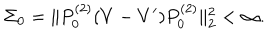
LaTeX: \Sigma _ { 0 } = \| P _ { 0 } ^ { ( 2 ) } ( V - V ^ { \prime } ) P _ { 0 } ^ { ( 2 ) } \| _ { 2 } ^ { 2 } < \infty .